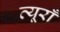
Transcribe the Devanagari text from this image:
त्यूराँ